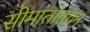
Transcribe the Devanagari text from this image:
सीमांतोन्नयन